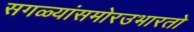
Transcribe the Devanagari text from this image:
सगळ्यांसमोरउभारतो